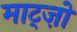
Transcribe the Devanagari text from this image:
माट्ज़ो